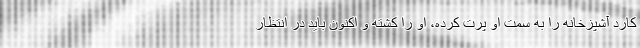
کارد آشپزخانه را به سمت او پرت کرده، او را کشته و اکنون باید در انتظار